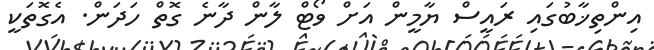
އިންތިޚާބުގައި ރައީސް ޔާމީން އަށް ވޯޓް ލާން ދާނެ ގޮތް ހަދަން. އެގޮތަކީ